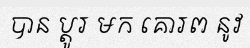
បាន ប្តូរ មក គោរព នូវ